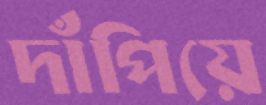
দাঁপিয়ে